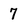
Character: 7